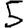
Digit: 5